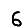
Digit: 6